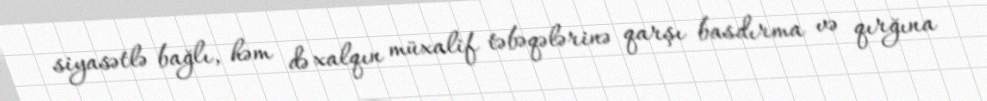
siyasətlə bağlı, həm də xalqın müxalif təbəqələrinə qarşı basdırma və qırğına